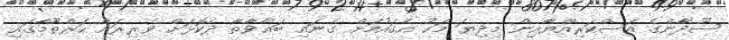
ސޫދާންގެ އަސްކަރިއްޔާއިން މިދިޔަ މަހު އެގައުމަށް ގެނައި ބަޣާވާތާ ދެކޮޅަށް ވެރިރަށް ހަރްތޫމާގައި